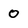
Character: 0